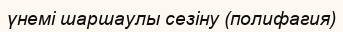
үнемі шаршаулы сезіну (полифагия)